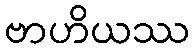
ဗာဟိယဿ